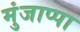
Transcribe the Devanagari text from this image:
मुंजाप्पा